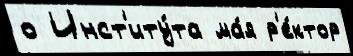
о Инст'иту́та ма́я р'е́ктор